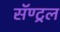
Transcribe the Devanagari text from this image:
सॅण्ट्रल